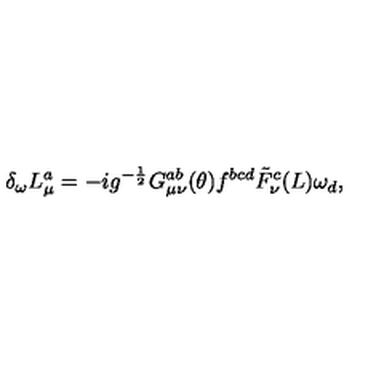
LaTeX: \delta _ { \omega } L _ { \mu } ^ { a } = - i g ^ { - \frac { 1 } { 2 } } G _ { \mu \nu } ^ { a b } ( \theta ) f ^ { b c d } { \tilde { F } } _ { \nu } ^ { c } ( L ) \omega _ { d } ,